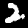
Label: 2